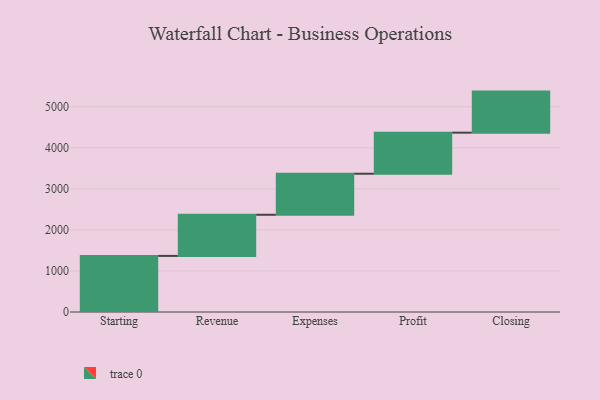
{"axis": {"x": "Step", "y": "Value"}, "legend": [""], "data": [{"x": "Starting", "y": 1366.0, "type": ""}, {"x": "Revenue", "y": 1002.0, "type": ""}, {"x": "Expenses", "y": 1000, "type": ""}, {"x": "Profit", "y": 1000, "type": ""}, {"x": "Closing", "y": 1000, "type": ""}]}